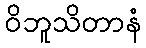
ဝိဘူသိတာနံ